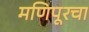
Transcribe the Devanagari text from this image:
मणिपूरचा